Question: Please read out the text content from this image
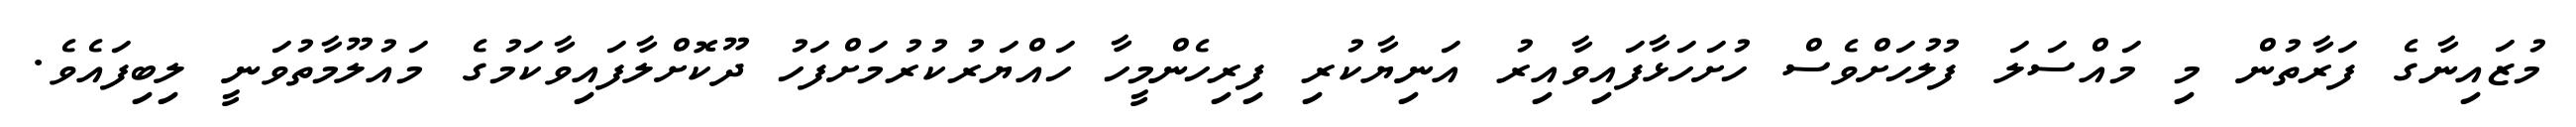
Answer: މުޒައިނާގެ ފަރާތުން މި މައްސަލަ ފުލުހަށްވެސް ހުށަހަޅާފައިވާއިރު އަނިޔާކުރި ފިރިހެންމީހާ ހައްޔަރުކުރުމަށްފަހު ދޫކޮށްލާފައިވާކަމުގެ މައުލޫމާތުވަނީ ލިބިފައެވެ.